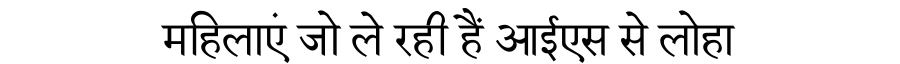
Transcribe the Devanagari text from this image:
महिलाएं जो ले रही हैं आईएस से लोहा